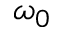
\omega _ { 0 }